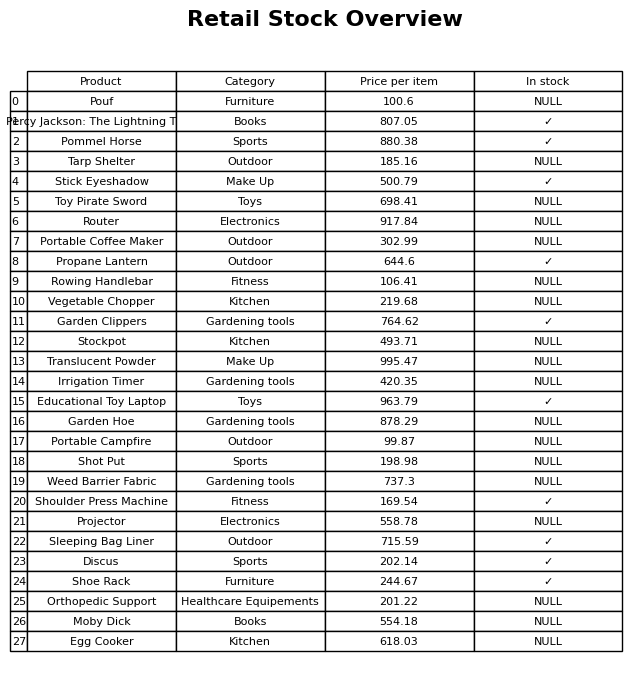
question: Is the Portable Campfire in stock?
answer: NULL